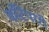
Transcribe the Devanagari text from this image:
काँटेंपररी